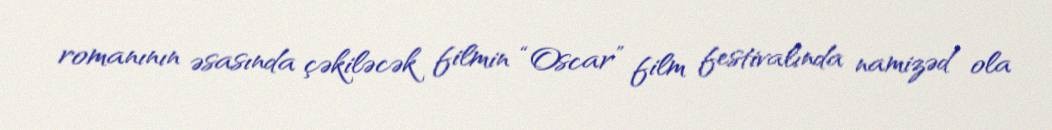
romanının əsasında çəkiləcək filmin “Oscar” film festivalında namizəd ola